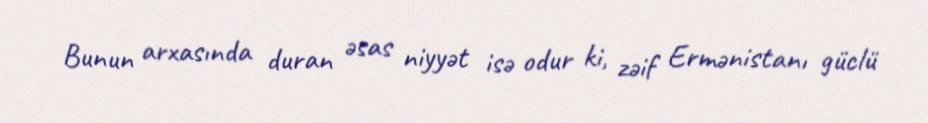
Bunun arxasında duran əsas niyyət isə odur ki, zəif Ermənistanı güclü